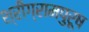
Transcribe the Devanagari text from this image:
श्रीग्रामपुरूष